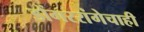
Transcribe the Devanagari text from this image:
डोंगररांगेचाही